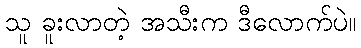
သူ ခူးလာတဲ့ အသီးက ဒီလောက်ပဲ။